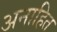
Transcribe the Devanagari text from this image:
अनाहित